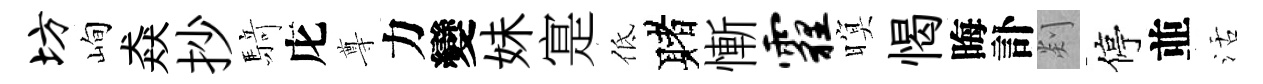
坊峋猋抄𮪍庀尊力變妹寔低赌慚霾暝愒晦訃剡停並活